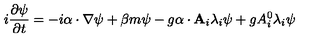
i \frac { \partial \psi } { \partial t } = - i \mathrm { \boldmath \alpha } \cdot \nabla \psi + \beta m \psi - g \mathrm { \boldmath \alpha } \cdot { \bf A } _ { i } \lambda _ { i } \psi + g A _ { i } ^ { 0 } \lambda _ { i } \psi